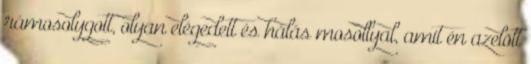
rámosolygott, olyan elégedett és hálás mosollyal, amit én azelõtt